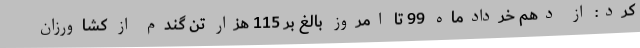
کرد: از دهم خردادماه 99 تا امروز بالغ بر 115 هزار تن گندم از کشاورزان